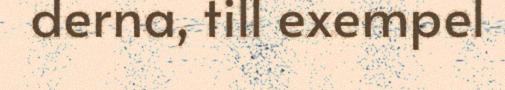
derna, till exempel